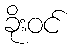
ခိုးဝင်